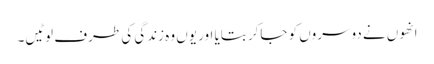
انھوں نے دوسروں کو جاکر بتایا اور یوں وہ زندگی کی طرف لوٹیں۔